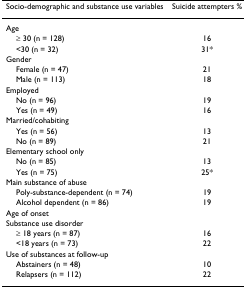
<table><thead><tr><td><b>Socio-demographic and substance use variables</b></td><td><b>Suicide attempters %</b></td></tr></thead><tbody><tr><td>Age</td><td></td></tr><tr><td> ≥ 30 (n = 128)</td><td>16</td></tr><tr><td> &lt;30 (n = 32)</td><td>31*</td></tr><tr><td>Gender</td><td></td></tr><tr><td> Female (n = 47)</td><td>21</td></tr><tr><td> Male (n = 113)</td><td>18</td></tr><tr><td>Employed</td><td></td></tr><tr><td> No (n = 96)</td><td>19</td></tr><tr><td> Yes (n = 49)</td><td>16</td></tr><tr><td>Married/cohabiting</td><td></td></tr><tr><td> Yes (n = 56)</td><td>13</td></tr><tr><td> No (n = 89)</td><td>21</td></tr><tr><td>Elementary school only</td><td></td></tr><tr><td> No (n = 85)</td><td>13</td></tr><tr><td> Yes (n = 75)</td><td>25*</td></tr><tr><td>Main substance of abuse</td><td></td></tr><tr><td> Poly-substance-dependent (n = 74)</td><td>19</td></tr><tr><td> Alcohol dependent (n = 86)</td><td>19</td></tr><tr><td>Age of onset</td><td></td></tr><tr><td>Substance use disorder</td><td></td></tr><tr><td> ≥ 18 years (n = 87)</td><td>16</td></tr><tr><td> &lt;18 years (n = 73)</td><td>22</td></tr><tr><td>Use of substances at follow-up</td><td></td></tr><tr><td> Abstainers (n = 48)</td><td>10</td></tr><tr><td> Relapsers (n = 112)</td><td>22</td></tr></tbody></table>